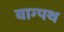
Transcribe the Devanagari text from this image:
वाग्पथ